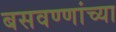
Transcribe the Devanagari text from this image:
बसवण्णांच्या